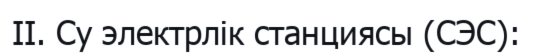
II. Су электрлік станциясы (СЭС):